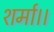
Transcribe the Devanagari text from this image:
शर्मा।।